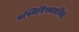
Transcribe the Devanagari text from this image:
यस्मिन्स्थितमिदं